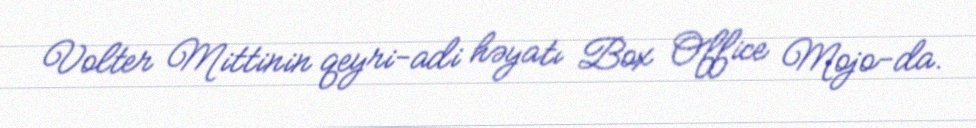
Volter Mittinin qeyri-adi həyatı Box Office Mojo-da.